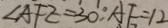
\angle A F E = 3 0 ^ { \circ } , A E = 1 2